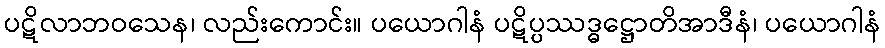
ပဋိလာဘဝသေန၊ လည်းကောင်း။ ပယောဂါနံ ပဋိပ္ပဿဒ္ဓဋ္ဌောတိအာဒီနံ၊ ပယောဂါနံ